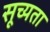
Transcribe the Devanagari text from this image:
सूच्यता